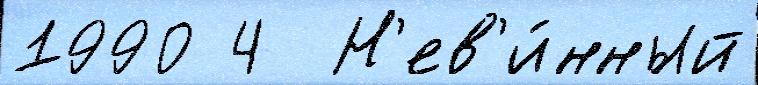
1990 4  Н'ев'и́нный